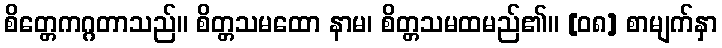
စိတ္တေကဂ္ဂတာသည်။ စိတ္တသမထော နာမ၊ စိတ္တသမထမည်၏။ [၀၈] စာမျက်နှာ